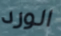
الورد